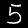
Label: 5